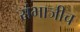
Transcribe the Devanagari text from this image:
संभाजीच